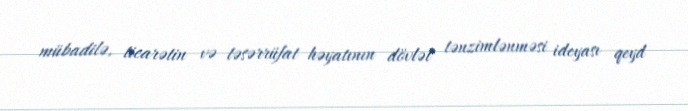
mübadilə, ticarətin və təsərrüfat həyatının dövlət tənzimlənməsi ideyası qeyd